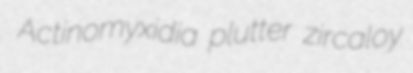
Actinomyxidia plutter zircaloy